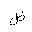
Letter: _dad